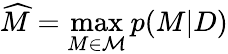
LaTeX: \widehat{M}=\operatorname*{max}_{M\in\mathcal{M}}p(M|D)